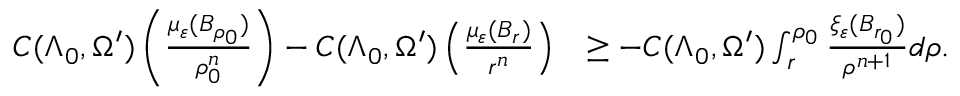
\begin{array} { r l } { C ( \Lambda _ { 0 } , \Omega ^ { \prime } ) \left( \frac { \mu _ { \varepsilon } ( B _ { \rho _ { 0 } } ) } { \rho _ { 0 } ^ { n } } \right) - C ( \Lambda _ { 0 } , \Omega ^ { \prime } ) \left( \frac { \mu _ { \varepsilon } ( B _ { r } ) } { r ^ { n } } \right) } & { \geq - C ( \Lambda _ { 0 } , \Omega ^ { \prime } ) \int _ { r } ^ { \rho _ { 0 } } \frac { \xi _ { \varepsilon } ( B _ { r _ { 0 } } ) } { \rho ^ { n + 1 } } d \rho . } \end{array}